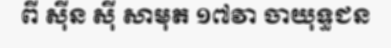
ពី ស៊ីន ស៊ី សាមុត ១៧វា ចាយុទ្ធជន